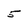
Character: 5